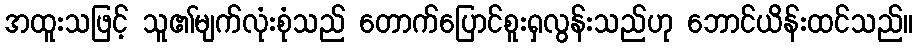
အထူးသဖြင့် သူ၏မျက်လုံးစုံသည် တောက်ပြောင်စူးရှလွန်းသည်ဟု ဘောင်ယိန်းထင်သည်။